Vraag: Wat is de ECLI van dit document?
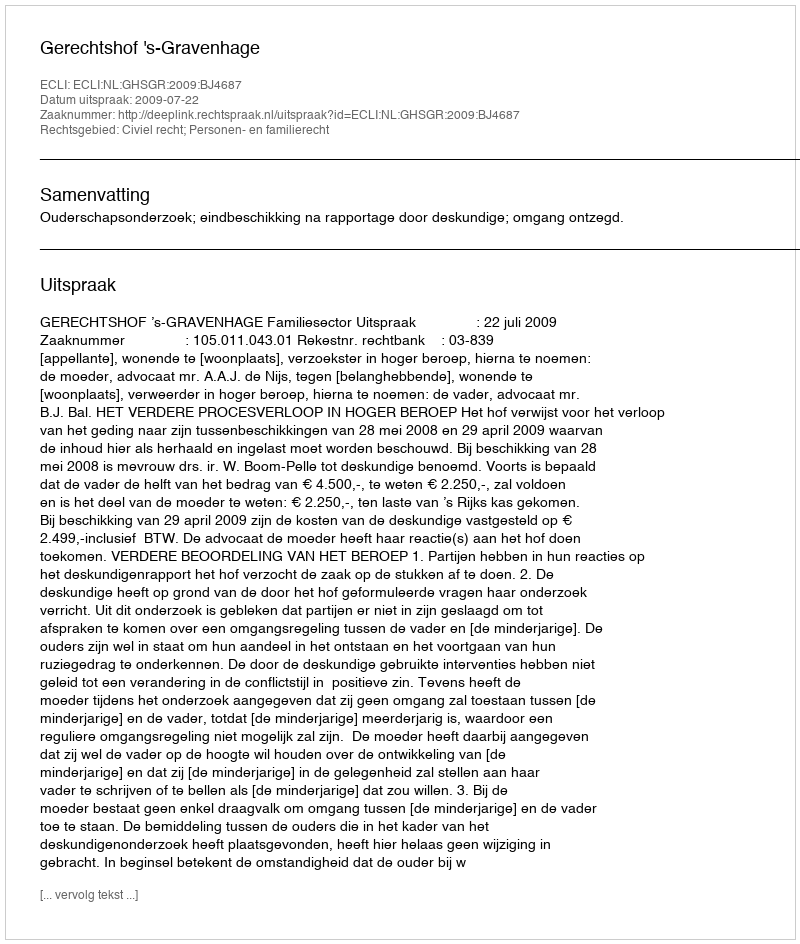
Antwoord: ECLI:NL:GHSGR:2009:BJ4687